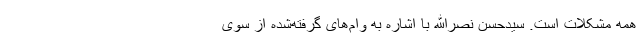
همه مشکلات است. سیدحسن نصرالله با اشاره به وام‌های گرفته‌شده از سوی